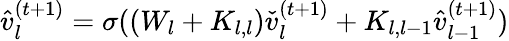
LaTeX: \begin{array}{r}{\hat{v}_{l}^{(t+1)}=\sigma((W_{l}+K_{l,l})\check{v}_{l}^{(t+1)}+K_{l,l-1}\hat{v}_{l-1}^{(t+1)})}\end{array}